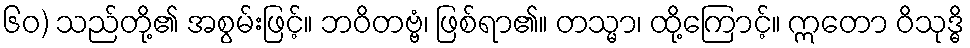
၆၀) သည်တို့၏ အစွမ်းဖြင့်။ ဘဝိတဗ္ဗံ၊ ဖြစ်ရာ၏။ တသ္မာ၊ ထို့ကြောင့်။ ဣတော ဝိသုဒ္ဓိ